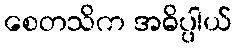
စေတသိက အဓိပ္ပါယ်